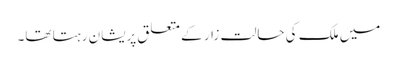
میں ملک کی حالت زار کے متعلق پریشان رہتا تھا۔